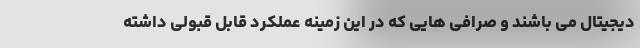
دیجیتال می باشند و صرافی هایی که در این زمینه عملکرد قابل قبولی داشته